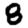
Digit: 8